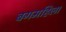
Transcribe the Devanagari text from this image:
बगमहिला